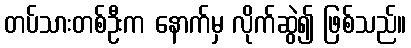
တပ်သားတစ်ဦးက နောက်မှ လိုက်ဆွဲ၍ ဖြစ်သည်။